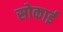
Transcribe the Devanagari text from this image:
सोकाई